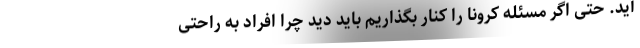
آید. حتی اگر مسئله کرونا را کنار بگذاریم باید دید چرا افراد به راحتی